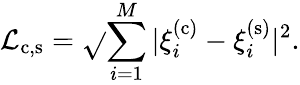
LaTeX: \mathcal{L}_{\mathrm{{c}},\mathrm{{s}}}=\sqrt{}{{\sum_{i=1}^{M}|\xi_{i}^{(\mathrm{{c}})}-\xi_{i}^{(\mathrm{{s}})}|^{2}}}.